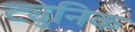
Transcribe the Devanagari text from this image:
ट्युनिक